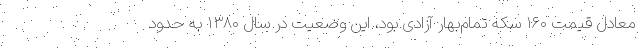
معادل قيمت ۱۶۰ سكه تمام‌بهار آزادی بود، اين وضعيت در سال ۱۳۸۰ به حدود